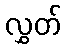
လွှတ်